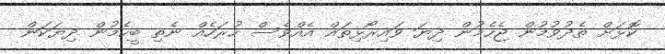
ކޮޅަށް ތެދުވުމުން ޖެހެމުން ދިޔަ ވައިރޯޅިތައް އެއްވެސް ހުރަހެއް ނެތި ބީހެމުން ދިޔަކަން